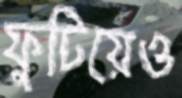
ফুটিয়েও